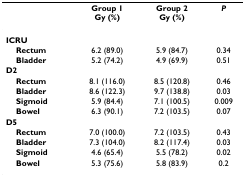
<table><thead><tr><td></td><td><b>Group 1Gy (%)</b></td><td><b>Group 2Gy (%)</b></td><td><b><i>P</i></b></td></tr></thead><tbody><tr><td><b>ICRU</b></td><td></td><td></td><td></td></tr><tr><td> <b>Rectum</b></td><td>6.2 (89.0)</td><td>5.9 (84.7)</td><td>0.34</td></tr><tr><td> <b>Bladder</b></td><td>5.2 (74.2)</td><td>4.9 (69.9)</td><td>0.51</td></tr><tr><td><b>D2</b></td><td></td><td></td><td></td></tr><tr><td> <b>Rectum</b></td><td>8.1 (116.0)</td><td>8.5 (120.8)</td><td>0.46</td></tr><tr><td> <b>Bladder</b></td><td>8.6 (122.3)</td><td>9.7 (138.8)</td><td>0.03</td></tr><tr><td> <b>Sigmoid</b></td><td>5.9 (84.4)</td><td>7.1 (100.5)</td><td>0.009</td></tr><tr><td> <b>Bowel</b></td><td>6.3 (90.1)</td><td>7.2 (103.5)</td><td>0.07</td></tr><tr><td><b>D5</b></td><td></td><td></td><td></td></tr><tr><td> <b>Rectum</b></td><td>7.0 (100.0)</td><td>7.2 (103.5)</td><td>0.43</td></tr><tr><td> <b>Bladder</b></td><td>7.3 (104.0)</td><td>8.2 (117.4)</td><td>0.03</td></tr><tr><td> <b>Sigmoid</b></td><td>4.6 (65.4)</td><td>5.5 (78.2)</td><td>0.02</td></tr><tr><td> <b>Bowel</b></td><td>5.3 (75.6)</td><td>5.8 (83.9)</td><td>0.2</td></tr></tbody></table>